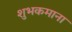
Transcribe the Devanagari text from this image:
शुभकमाना